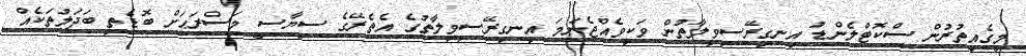
މީގެއިތުރުން ސްކޮޓްލެންޑު އިނގިރޭސިވިލާތުން ވަކިވެއްޖެނަމަ އިނގިރޭސިވިލާތުގެ އެތެރޭގެ ސިޔާސީ މަސްރަޙަށް ބޮޑެތި ބަދަލުތަކެއް